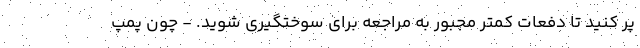
پر کنید تا دفعات کمتر مجبور به مراجعه برای سوختگیری شوید. - چون پمپ